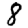
Digit: 8